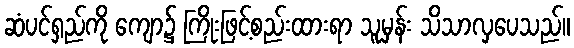
ဆံပင်ရှည်ကို ကျော၌ ကြိုးဖြင့်စည်းထားရာ သူမှန်း သိသာလှပေသည်။